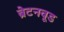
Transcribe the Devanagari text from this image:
ब्रेटनवूड